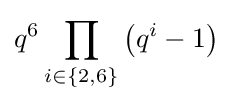
q^{6}\prod _{i\in \{2,6\}}\left(q^{i}-1\right)